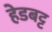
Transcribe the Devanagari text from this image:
हेडबट्ट